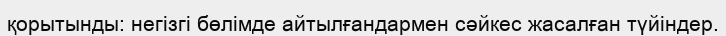
қорытынды: негізгі бөлімде айтылғандармен сәйкес жасалған түйіндер.